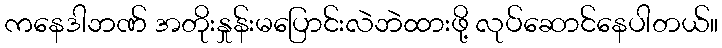
ကနေဒါဘဏ် အတိုးနှုန်းမပြောင်းလဲဘဲထားဖို့ လုပ်ဆောင်နေပါတယ်။